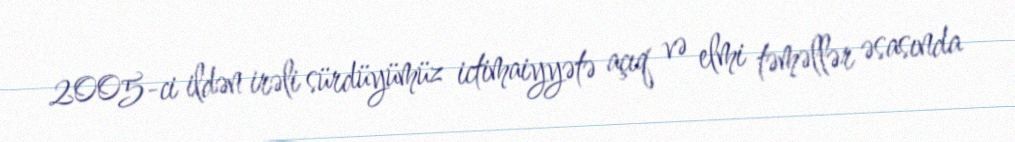
2005-ci ildən irəli sürdüyümüz ictimaiyyətə açıq və elmi təməllər əsasında